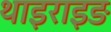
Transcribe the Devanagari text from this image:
थाइराइङ